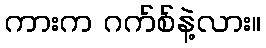
ကားက ဂက်စ်နဲ့လား။